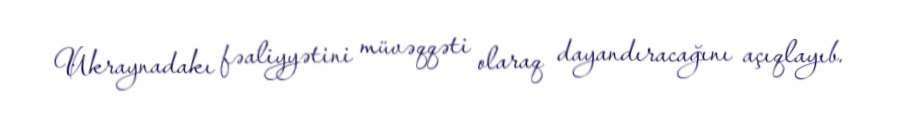
Ukraynadakı fəaliyyətini müvəqqəti olaraq dayandıracağını açıqlayıb.